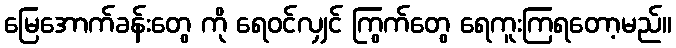
မြေအောက်ခန်းတွေ ကို ရေဝင်လျှင် ကြွက်တွေ ရေကူးကြရတော့မည်။